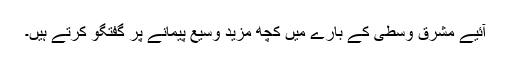
آئیے مشرق وسطى کے بارے میں کچھ مزید وسیع پیمانے پر گفتگو کرتے ہیں۔